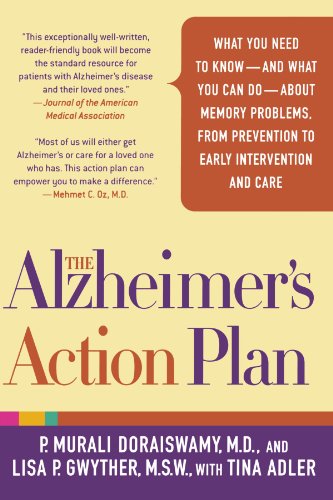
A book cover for The Alzheimer's Action Plan: What You Need to Know--and What You Can Do--about Memory Problems, from Prevention to Early Intervention and Care; P. Murali Doraiswamy; Parenting & Relationships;